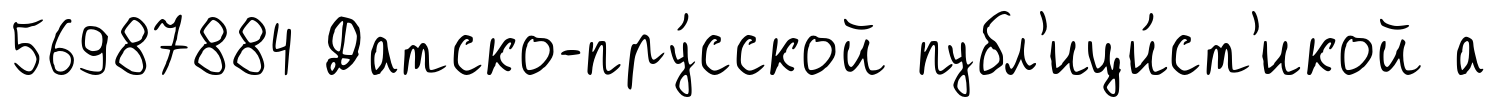
56987884 Датско-пру́сской публ'ици́ст'икой а